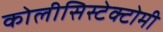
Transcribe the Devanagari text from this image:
कोलीसिस्टेक्टोमी